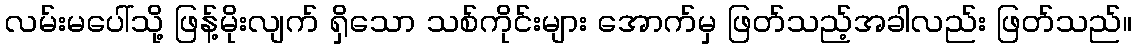
လမ်းမပေါ်သို့ ဖြန့်မိုးလျက် ရှိသော သစ်ကိုင်းများ အောက်မှ ဖြတ်သည့်အခါလည်း ဖြတ်သည်။